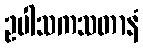
ဥပါသကသတာနံ